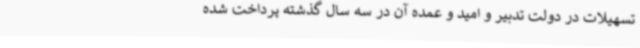
تسهیلات در دولت تدبیر و امید و عمده آن در سه سال گذشته پرداخت شده